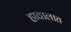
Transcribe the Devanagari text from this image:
हावालात